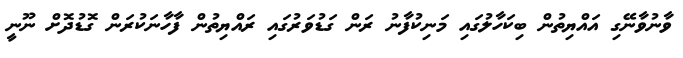
ވާނުވާނޭގި އައްޔިތުން ބިކަހާލުގައި މަނިކުފާނު ރަން ގަޑުވަރުގައި ރައްޔިތުން ފާހާނަކުރަން ގޮޑުދޮށް ނޫނީ